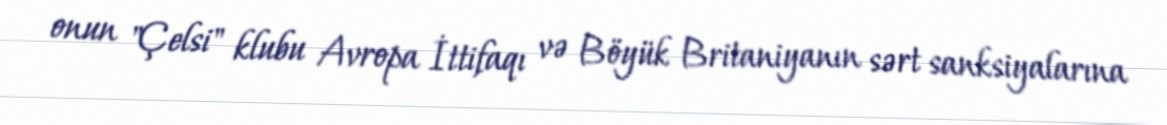
onun "Çelsi" klubu Avropa İttifaqı və Böyük Britaniyanın sərt sanksiyalarına